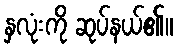
နှလုံးကို ဆုပ်နယ်၏။